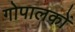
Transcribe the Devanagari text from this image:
गोपालकों